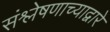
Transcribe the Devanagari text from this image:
संश्लेषणाच्याद्वारे